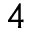
4